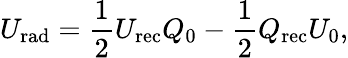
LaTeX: U_{\mathrm{{rad}}}=\frac{1}{2}U_{\mathrm{{rec}}}Q_{0}-\frac{1}{2}Q_{\mathrm{{rec}}}U_{0},